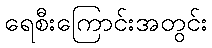
ရေစီးကြောင်းအတွင်း